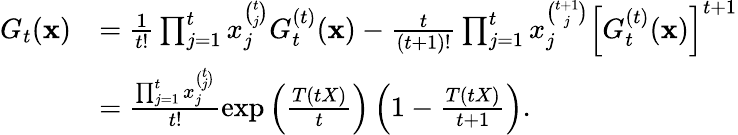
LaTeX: \begin{array}{rl}{G_{t}(\mathbf{x})}&{=\frac{1}{t!}\prod_{j=1}^{t}x_{j}^{\binom{t}{j}}G_{t}^{(t)}(\mathbf{x})-\frac t{(t+1)!}\prod_{j=1}^{t}x_{j}^{\binom{t+1}{j}}\left[G_{t}^{(t)}(\mathbf{x})\right]^{t+1}}\\ &{=\frac{\prod_{j=1}^{t}x_{j}^{\binom{t}{j}}}{t!}\exp\left(\frac{T(tX)}{t}\right)\left(1-\frac{T(tX)}{t+1}\right).}\end{array}